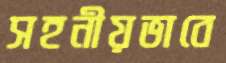
সহনীয়ভাবে